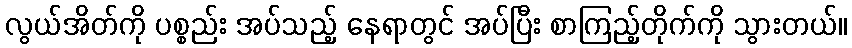
လွယ်အိတ်ကို ပစ္စည်း အပ်သည့် နေရာတွင် အပ်ပြီး စာကြည့်တိုက်ကို သွားတယ်။